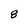
Character: 8